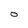
Character: O